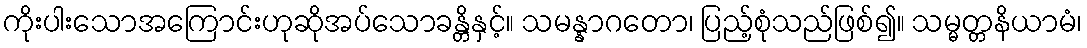
ကိုးပါးသောအကြောင်းဟုဆိုအပ်သောခန္တိနှင့်။ သမန္နာဂတော၊ ပြည့်စုံသည်ဖြစ်၍။ သမ္မတ္တနိယာမံ၊